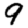
Digit: 9